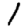
Digit: 1